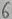
Text: 6